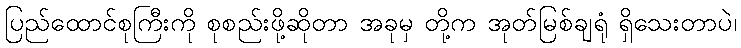
ပြည်ထောင်စုကြီးကို စုစည်းဖို့ဆိုတာ အခုမှ တို့က အုတ်မြစ်ချရုံ ရှိသေးတာပဲ၊